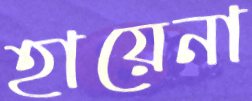
হায়েনা